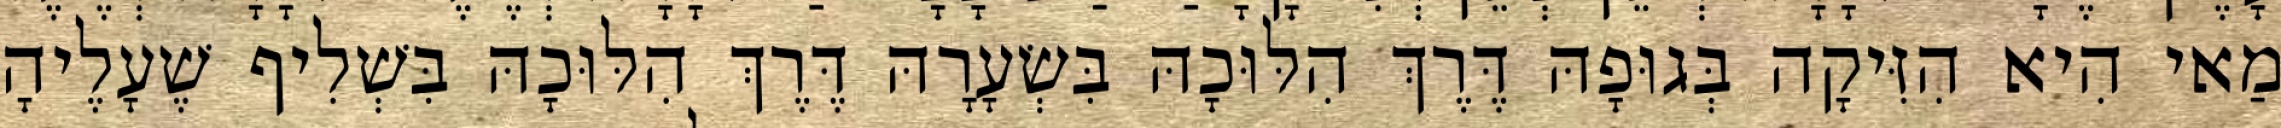
מַאי הִיא הִזִּיקָה בְּגוּפָהּ דֶּרֶךְ הִלּוּכָהּ בִּשְׂעָרָהּ דֶּרֶךְ הִלּוּכָהּ בִּשְׁלִיף שֶׁעָלֶיהָ